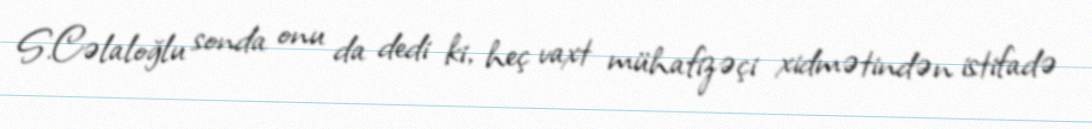
S.Cəlaloğlu sonda onu da dedi ki, heç vaxt mühafizəçi xidmətindən istifadə